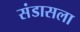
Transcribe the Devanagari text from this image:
संडासला